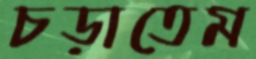
চড়াতেম